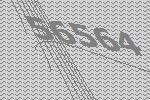
56564